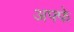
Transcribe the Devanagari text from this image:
अफ्फे